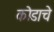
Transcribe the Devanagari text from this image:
कोडाचे